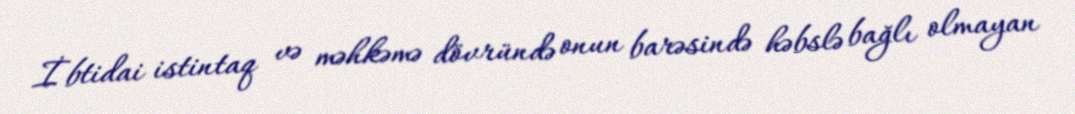
İbtidai istintaq və məhkəmə dövründə onun barəsində həbslə bağlı olmayan